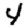
Digit: 4